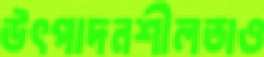
উৎপাদনশীলতাও